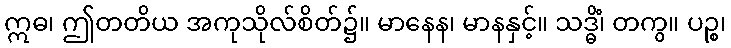
ဣဓ၊ ဤတတိယ အကုသိုလ်စိတ်၌။ မာနေန၊ မာနနှင့်။ သဒ္ဓိံ၊ တကွ။ ပဉ္စ၊